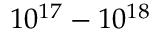
1 0 ^ { 1 7 } - 1 0 ^ { 1 8 }